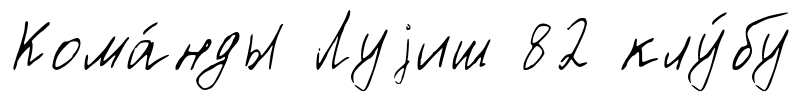
Кома́нды Луjиш 82 клу́бу